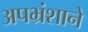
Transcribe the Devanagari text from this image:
अपभ्रंशाने